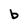
Character: b